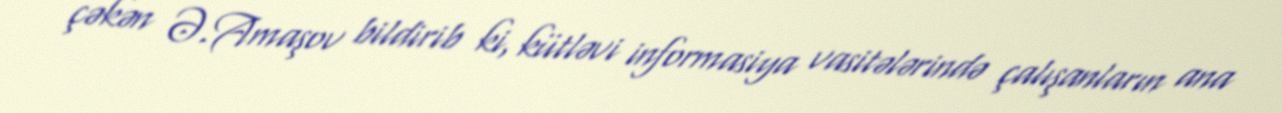
çəkən Ə.Amaşov bildirib ki, kütləvi informasiya vasitələrində çalışanların ana